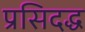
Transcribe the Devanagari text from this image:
प्रसिदद्ध